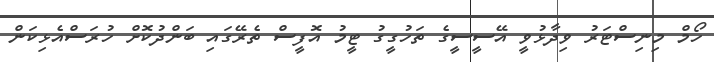
ހޯމް މިނިސްޓަރު ވިދާޅުވީ އޭސީސީގެ ތަހުގީގު ޓީމު އޮފީސް ތެރޭގައި ބަންދުކޮށް ހުރަސްއެޅިކަން